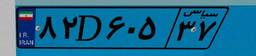
۴۴D۰۹۷۷۴